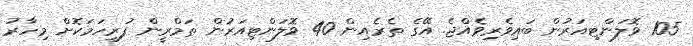
105 ވޮލަންޓިއަރުން ބައިވެރިވެއްޖެ. އޭގެ ތެރެއިން 40 ވޮލަންޓިއަރުން ތަމްރީން ފުރިހަމަކޮށް މިހާރު